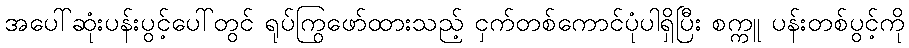
အပေါ်ဆုံးပန်းပွင့်ပေါ်တွင် ရုပ်ကြွဖော်ထားသည့် ငှက်တစ်ကောင်ပုံပါရှိပြီး စက္ကူ ပန်းတစ်ပွင့်ကို